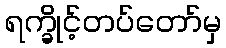
ရက္ခိုင့်တပ်တော်မှ